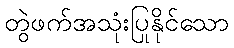
တွဲဖက်အသုံးပြုနိုင်သော